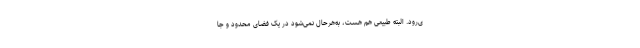
ی‌رود. البته طبیعی هم هست، به‌هرحال نمی‌شود در یک فضای محدود و جا